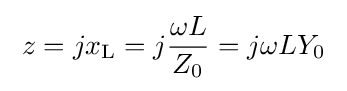
\;z=jx_{\text{L}}=j{\frac {\omega L}{Z_{0}}}=j\omega LY_{0}\;